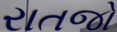
રાતજો